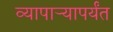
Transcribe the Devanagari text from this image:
व्यापाऱ्यापर्यंत